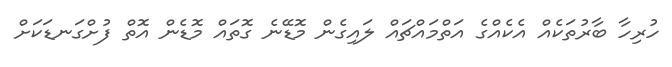
ހުރިހާ ބާރުތަކެއް އެކެއްގެ އަތްމައްޗައް ލައިގެން މޮޑޭނެ ގޮތައް މޮޑެން އޮތް ފުށްގަނޑަކަށް